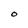
Character: O